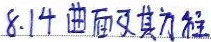
8.14 曲面及其方程